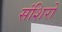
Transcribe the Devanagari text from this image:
संशिरो